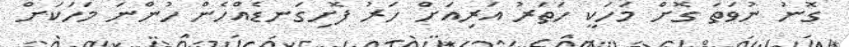
ގޮނު ނުވަތަ ގޮށް މަހަކީ ހަތަރު އަރިއަށް ހަރު ފޮށިގަނޑެއްހެން ހުންނަ މަހަކަށް